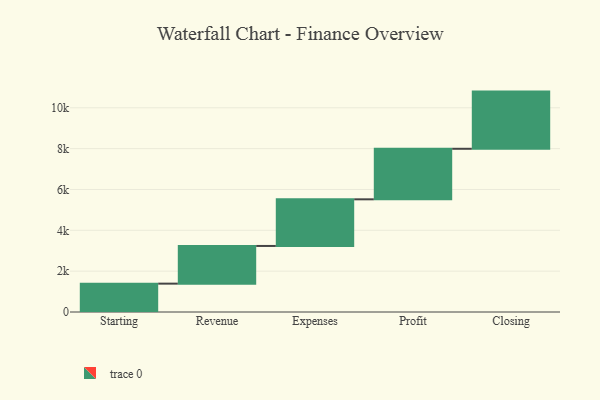
{"axis": {"x": "Step", "y": "Value"}, "legend": [""], "data": [{"x": "Starting", "y": 1389.0, "type": ""}, {"x": "Revenue", "y": 1845.0, "type": ""}, {"x": "Expenses", "y": 2284.0, "type": ""}, {"x": "Profit", "y": 2475.0, "type": ""}, {"x": "Closing", "y": 2800.0, "type": ""}]}